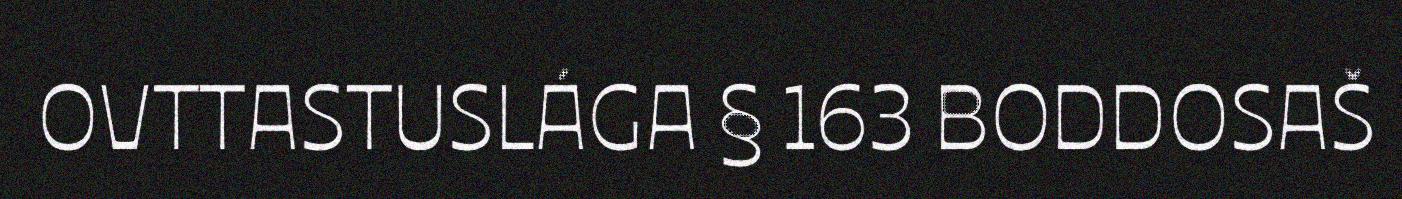
OVTTASTUSLÁGA § 163 BODDOSAŠ